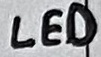
Text: LED